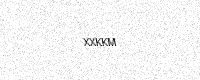
Text: XXKKM